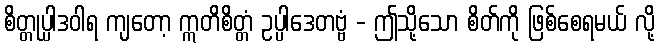
စိတ္တုပ္ပါဒဝါရ ကျတော့ ဣတိစိတ္တံ ဥပ္ပါဒေတဗ္ဗံ - ဤသို့သော စိတ်ကို ဖြစ်စေရမယ် လို့